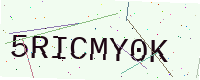
Text: 5RICMY0K